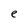
Character: e